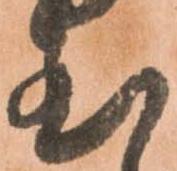
至